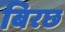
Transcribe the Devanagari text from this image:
बिरछ